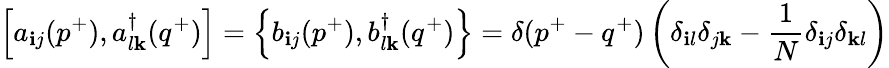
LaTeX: \left[a_{\mathbf{i}j}(p^{+}),a_{l\mathbf{k}}^{\dagger}(q^{+})\right]=\left\{ b_{\mathbf{i}j}(p^{+}),b_{l\mathbf{k}}^{\dagger}(q^{+})\right\} =\delta(p^{+}-q^{+})\left(\delta_{\mathbf{i}l}\delta_{j\mathbf{k}}-\frac{{1}}{{N}}\delta_{\mathbf{i}j}\delta_{\mathbf{k}l}\right)